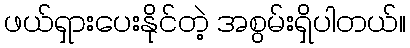
ဖယ်ရှားပေးနိုင်တဲ့ အစွမ်းရှိပါတယ်။